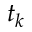
t _ { k }